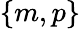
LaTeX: \{ m,p\}